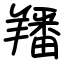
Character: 羳